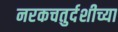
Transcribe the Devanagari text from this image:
नरकचतुर्दशीच्या